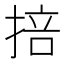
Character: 掊